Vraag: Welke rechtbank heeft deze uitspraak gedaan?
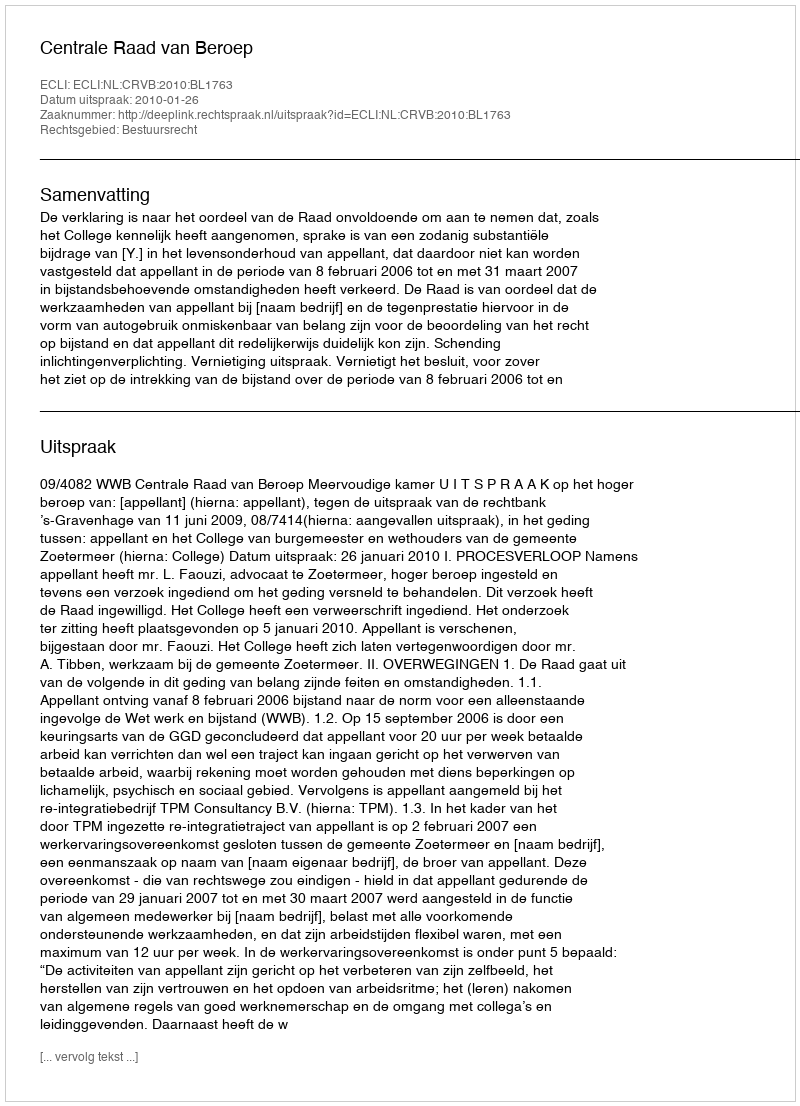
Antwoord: Centrale Raad van Beroep